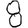
Digit: 8